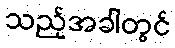
သည့်အခါတွင်